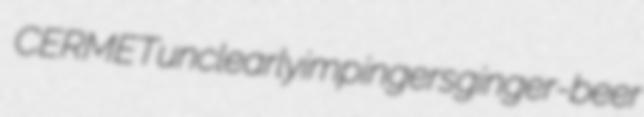
CERMET unclearly impingers ginger-beer